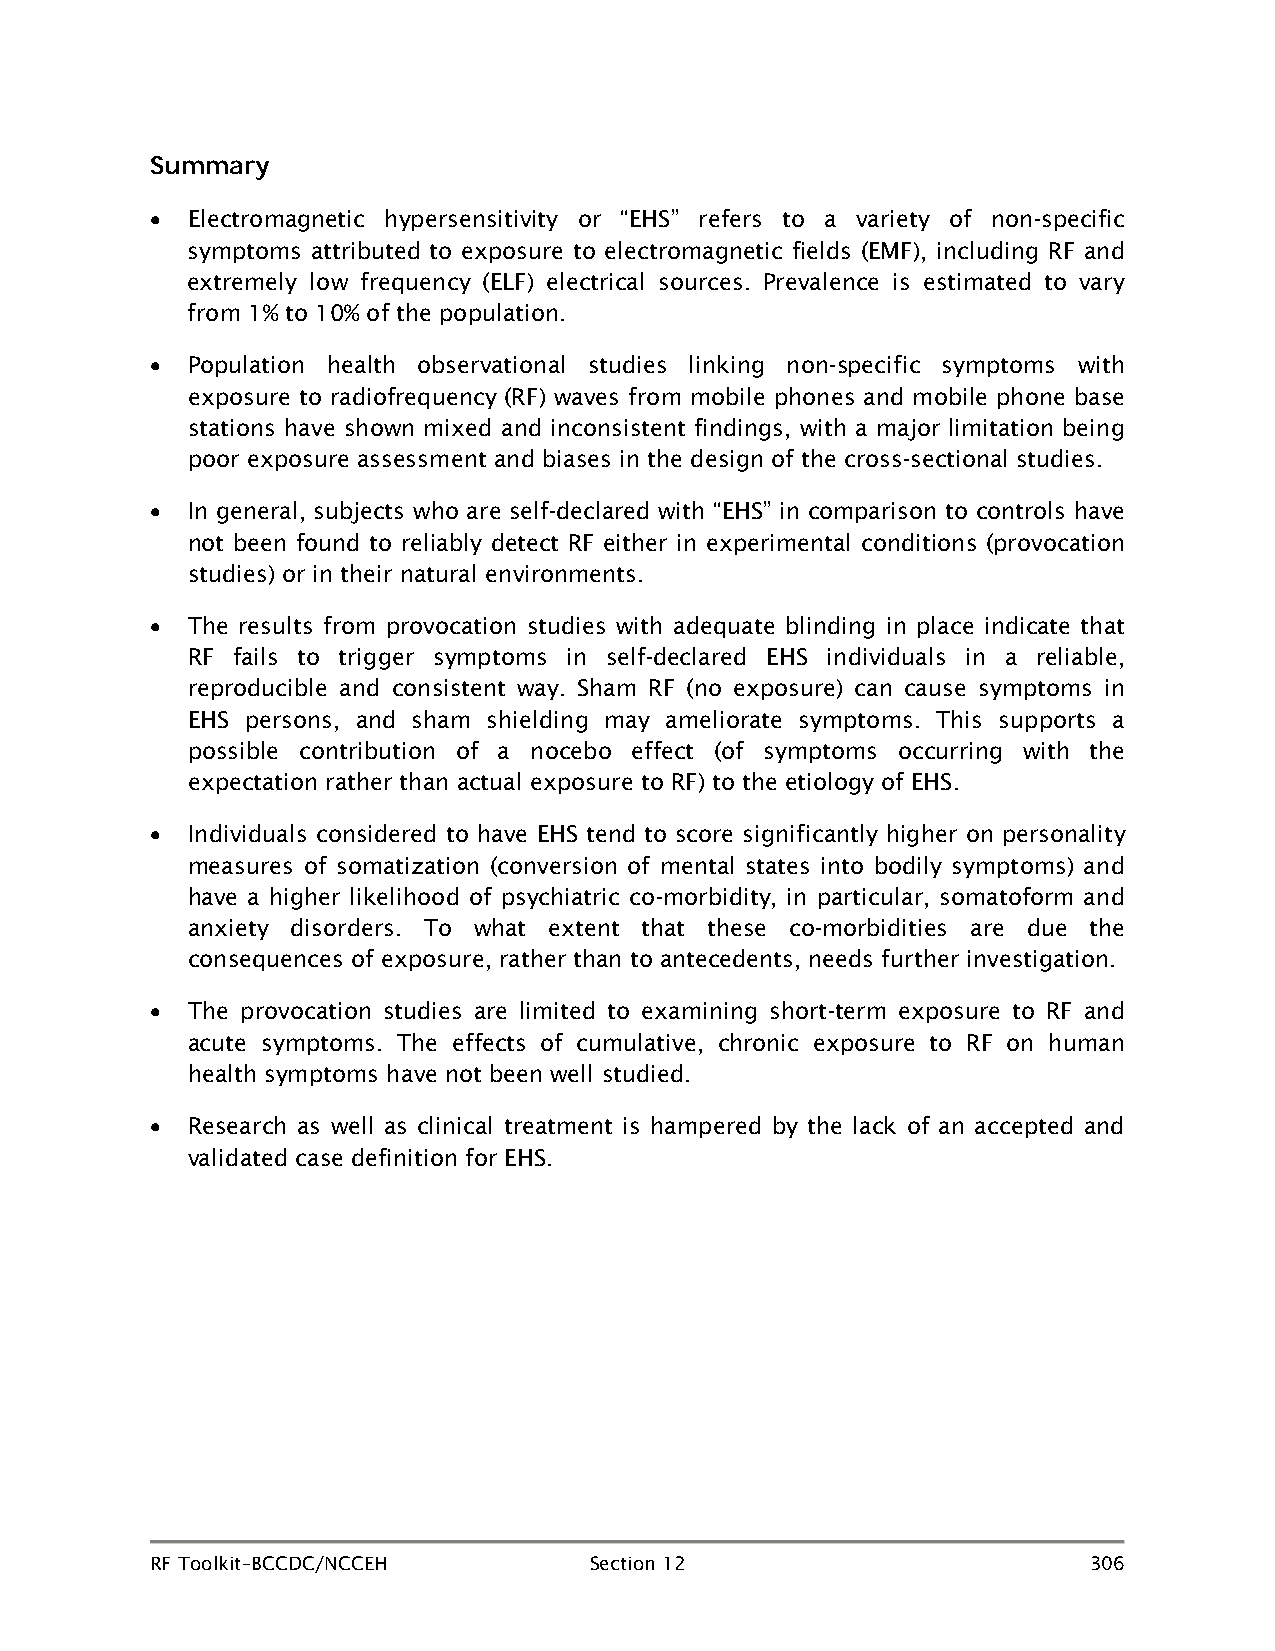
Summary
 • Electromagnetic hypersensitivity or “EHS” refers to a variety of non-specific
 symptoms attributed to exposure to electromagnetic fields (EMF), including RF and
 extremely low frequency (ELF) electrical sources. Prevalence is estimated to vary
 from 1% to 10% of the population.
 • Population health observational studies linking non-specific symptoms with
 exposure to radiofrequency (RF) waves from mobile phones and mobile phone base
 stations have shown mixed and inconsistent findings, with a major limitation being
 poor exposure assessment and biases in the design of the cross-sectional studies.
 • In general, subjects who are self-declared with “EHS” in comparison to controls have
 not been found to reliably detect RF either in experimental conditions (provocation
 studies) or in their natural environments.
 • The results from provocation studies with adequate blinding in place indicate that
 RF fails to trigger symptoms in self-declared EHS individuals in a reliable,
 reproducible and consistent way. Sham RF (no exposure) can cause symptoms in
 EHS persons, and sham shielding may ameliorate symptoms. This supports a
 possible contribution of a nocebo effect (of symptoms occurring with the
 expectation rather than actual exposure to RF) to the etiology of EHS.
 • Individuals considered to have EHS tend to score significantly higher on personality
 measures of somatization (conversion of mental states into bodily symptoms) and
 have a higher likelihood of psychiatric co-morbidity, in particular, somatoform and
 anxiety disorders. To what extent that these co-morbidities are due the
 consequences of exposure, rather than to antecedents, needs further investigation.
 • The provocation studies are limited to examining short-term exposure to RF and
 acute symptoms. The effects of cumulative, chronic exposure to RF on human
 health symptoms have not been well studied.
 • Research as well as clinical treatment is hampered by the lack of an accepted and
 validated case definition for EHS.
 RF Toolkit–BCCDC/NCCEH       Section 12                       306